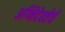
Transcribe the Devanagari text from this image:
अग्निदेवतेचे